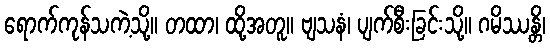
ရောက်ကုန်သကဲ့သို့။ တထာ၊ ထို့အတူ။ ဗျသနံ၊ ပျက်စီးခြင်းသို့။ ဂမိဿန္တိ၊